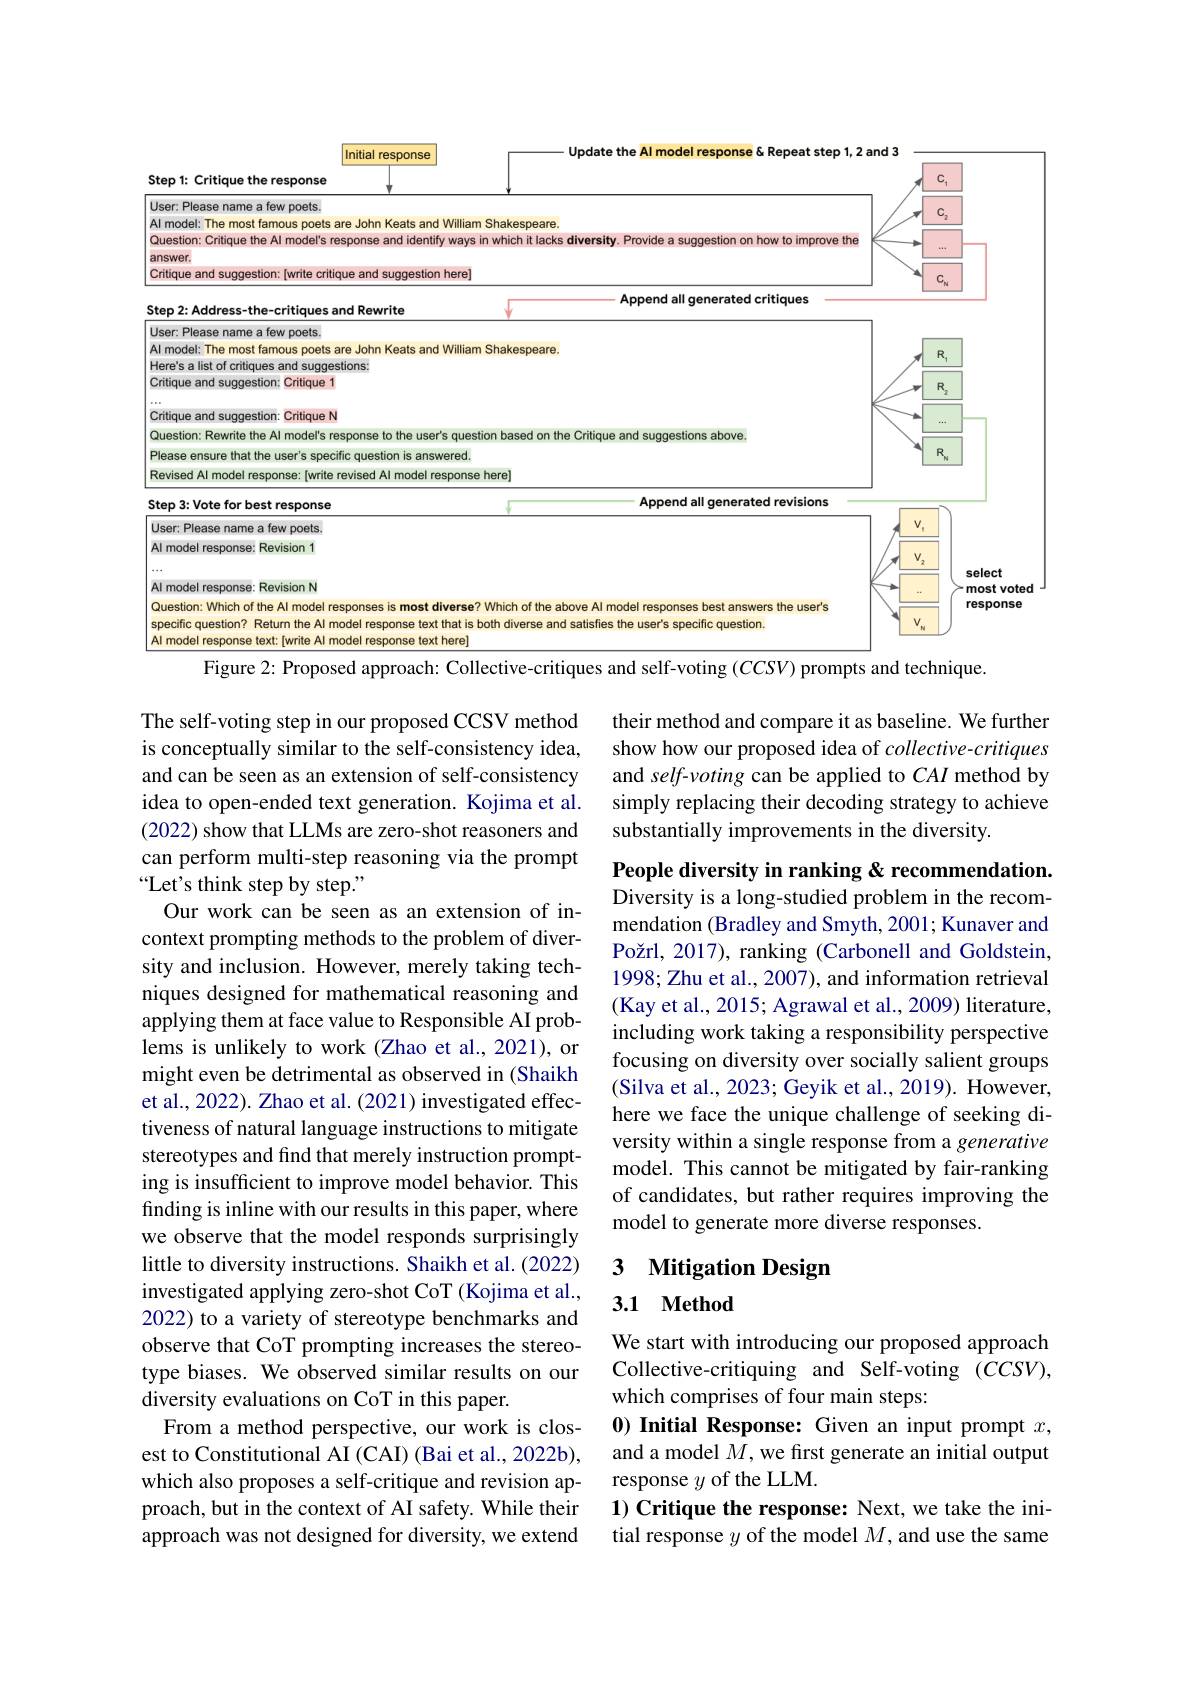
<FigureHere>
Figure 2: Proposed approach: Collective-critiques and self-voting ($CCSV)$ prompts and technique.

their method and compare it as baseline. We further show how our proposed idea of collective-critiques and self-voting can be applied to $CAI$ method by simply replacing their decoding strategy to achieve substantially improvements in the diversity.

People diversity in ranking & recommendation.

Diversity is a long-studied problem in the recommendation (Bradley and Smyth, 2001; Kunaver and Požrl, 2017), ranking (Carbonell and Goldstein, 1998; Zhu et al., 2007), and information retrieval (Kay et al., 2015; Agrawal et al., 2009) literature, including work taking a responsibility perspective focusing on diversity over socially salient groups (Silva et al., 2023; Geyik et al., 2019). However, here we face the unique challenge of seeking diversity within a single response from a generative model. This cannot be mitigated by fair-ranking of candidates, but rather requires improving the model to generate more diverse responses.

The self-voting step in our proposed CCSV method is conceptually similar to the self-consistency idea, and can be seen as an extension of self-consistency idea to open-ended text generation. Kojima et al. (2022) show that LLMs are zero-shot reasoners and can perform multi-step reasoning via the prompt $“$Let's think step by step."
Our work can be seen as an extension of incontext prompting methods to the problem of diversity and inclusion. However, merely taking techniques designed for mathematical reasoning and applying them at face value to Responsible AI problems is unlikely to work (Zhao et al., 2021), or might even be detrimental as observed in (Shaikh et al., 2022). Zhao et al. (2021) investigated effectiveness of natural language instructions to mitigate stereotypes and find that merely instruction prompting is insufficient to improve model behavior. This finding is inline with our results in this paper, where we observe that the model responds surprisingly little to diversity instructions. Shaikh et al. (2022) investigated applying zero-shot CoT (Kojima et al., 2022) to a variety of stereotype benchmarks and observe that CoT prompting increases the stereotype biases. We observed similar results on our diversity evaluations on CoT in this paper.
From a method perspective, our work is closest to Constitutional AI (CAI) (Bai et al., 2022b), which also proposes a self-critique and revision approach, but in the context of AI safety. While their approach was not designed for diversity, we extend

$\textbf{3}$ $\textbf{Mitigation Design}$

### 3.1 Method

We start with introducing our proposed approach Collective-critiquing and Self-voting $(CCSV)$, which comprises of four main steps:
0) Initial Response: Given an input prompt $x$, and a model $M$,we first generate an initial output response $y$ of the LLM.
$1) \textbf{ Critique the response: Next, we take the ini- }$ tial response $y$ of the model $M$, and use the same